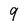
Character: 9